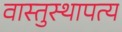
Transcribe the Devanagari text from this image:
वास्तुस्थापत्य